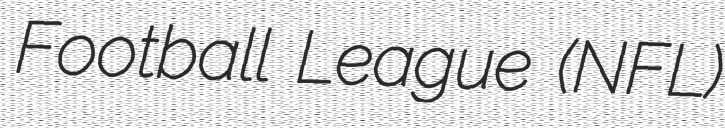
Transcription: Football League (NFL)